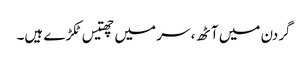
گردن میں آٹھ، سر میں چھتیس ٹکڑے ہیں۔